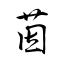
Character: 茵